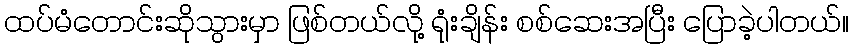
ထပ်မံတောင်းဆိုသွားမှာ ဖြစ်တယ်လို့ ရုံးချိန်း စစ်ဆေးအပြီး ပြောခဲ့ပါတယ်။